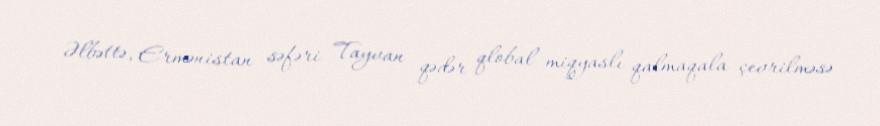
Əlbəttə, Ermənistan səfəri Tayvan qədər qlobal miqyaslı qalmaqala çevrilməsə